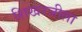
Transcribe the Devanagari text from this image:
शिखरजीला